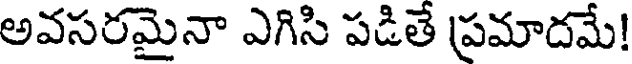
అవసరమైనా ఎగిసి పడితే ప్రమాదమే!